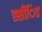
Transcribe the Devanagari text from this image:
स्सींिड